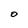
Character: 0